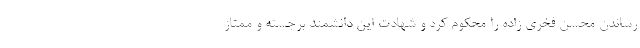
رساندن محسن فخری زاده را محکوم کرد و شهادت این دانشمند برجسته و ممتاز